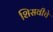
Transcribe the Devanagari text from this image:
शिसवीचे